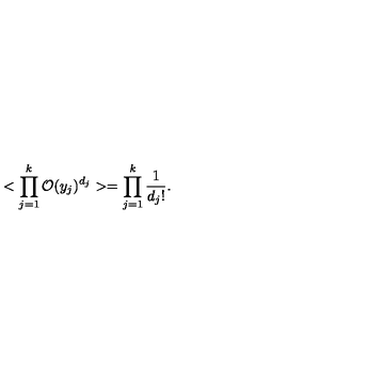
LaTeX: < \prod _ { j = 1 } ^ { k } { \cal O } ( y _ { j } ) ^ { d _ { j } } > = \prod _ { j = 1 } ^ { k } { \frac { 1 } { d _ { j } ! } } .